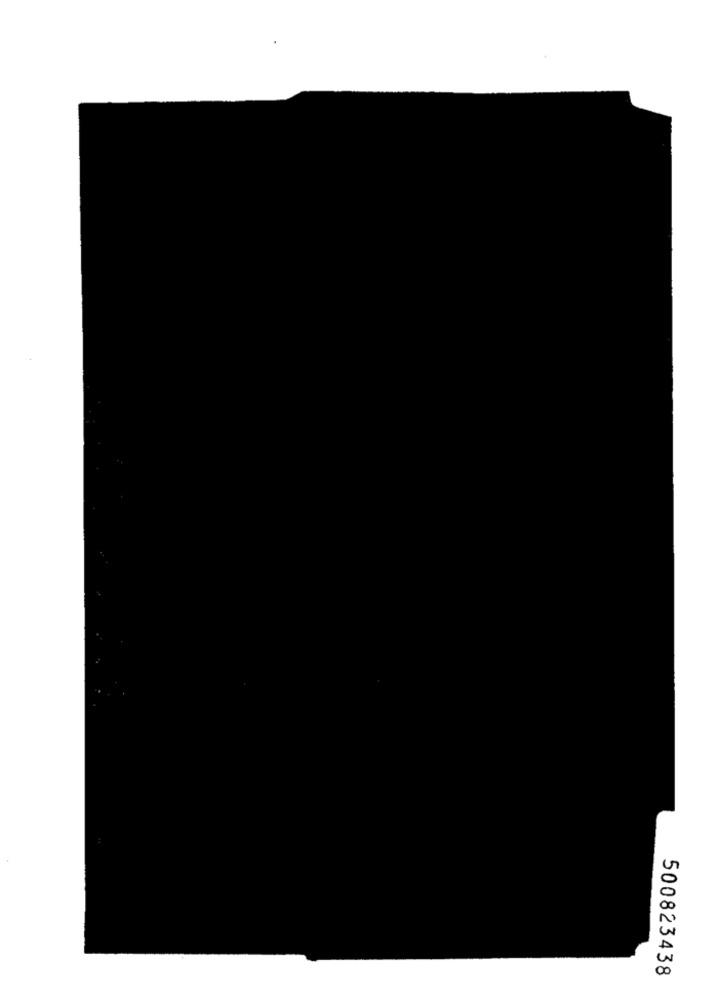
500823438